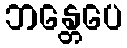
ဘန္တေပေ